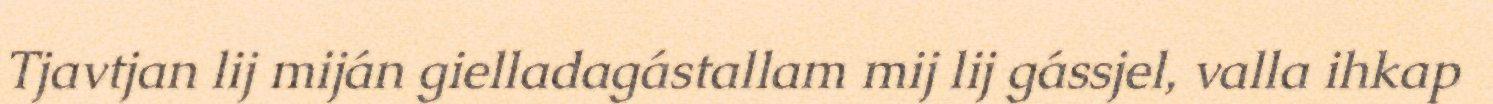
Tjavtjan lij miján gielladagástallam mij lij gássjel, valla ihkap